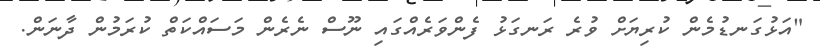
"އަޅުގަނޑުމެން ކުރިޔަށް ވުރެ ރަނގަޅު ފެންވަރެއްގައި ނޫސް ނެރެން މަސައްކަތް ކުރަމުން ދާނަން.